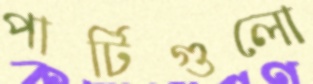
পার্টিগুলো